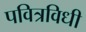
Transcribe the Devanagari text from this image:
पवित्रविधी